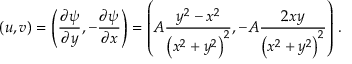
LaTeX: ( u , v ) = \left( { \frac { \partial \psi } { \partial y } } , - { \frac { \partial \psi } { \partial x } } \right) = \left( A { \frac { y ^ { 2 } - x ^ { 2 } } { \left( x ^ { 2 } + y ^ { 2 } \right) ^ { 2 } } } , - A { \frac { 2 x y } { \left( x ^ { 2 } + y ^ { 2 } \right) ^ { 2 } } } \right) \, .